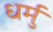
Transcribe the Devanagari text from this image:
धर्मु